Plague in India, 1896, 1897 - Volume 2
Year: 1896
Disease focus: Plague
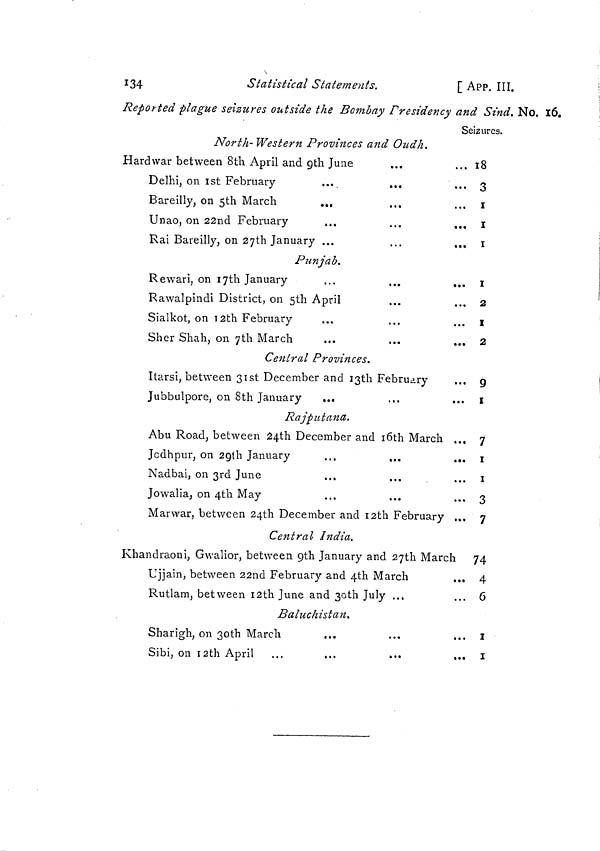
134
Statistical Statements.
[ APP. III.
Reported plague seizures outside the Bombay Presidency and Sind. No. 16.
Seizures.
North- Western Provinces and Oudh.
Hard war between 8th April and 9th June
Delhi, on 1st February
Bareilly, on 5th March
...
Unao, on 22nd February
...
...
...
Rai Bareilly, on 27th January ...
...
...
Punjab.
Rewari, on l7th January
Rawalpindi District, on 5th April
Sialkot, on 12th February
Sher Shah, on 7th March
...
...
...
Central Provinces.
Itarsi, between 31st December and 13th February
Jubbulpore, on 8th January
.„.
Raj put ana.
Abu Road, between 24th December and l6th March ...
Jcdhpur, on 29th January
...
...
...
Nadbai, on 3rd June
Jowalia, on 4th May
Marwar, between 24th December and 12th February ...
Central India.
Khandraoni, Gwalior, between 9th January and 27th March
Ujjain, between 22nd February and 4th March
Rutlam, between 12th June and 30 th July ...
Baluchistan
Sharigh, on 30th March
...
Sibi, on 12th April
18
3
1
1
1
1
2
1
2
9
1
7
1
1
3
7
74
4
6
1
1